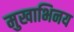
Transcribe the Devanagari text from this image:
मुखाभिनय